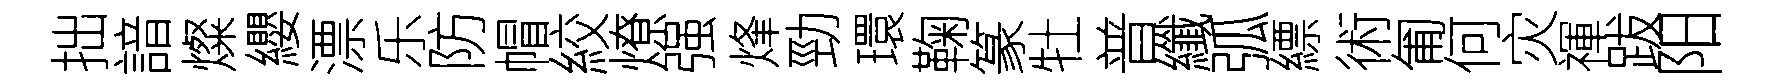
拙諳燦纓漂乐防帽絞燎强烽勁環鞠篆牡普纖弧縹術匍何灾禈跋阳